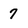
Character: 7